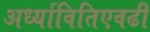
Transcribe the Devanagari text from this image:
अर्ध्यावितिएवढी